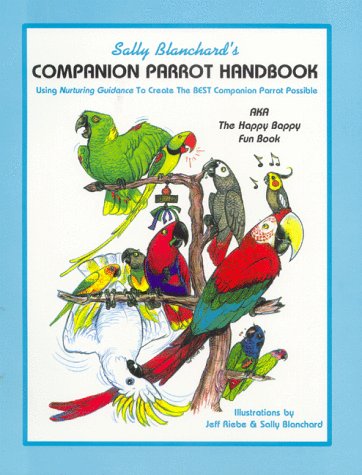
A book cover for Sally Blanchard's Companion Parrot Handbook: Using Nurturing Guidance to Create the Best Companion Parrot Possible: Aka, the Happy Bappy Fun Book; Sally Blanchard; Crafts, Hobbies & Home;